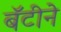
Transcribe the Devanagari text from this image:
बॅटीने